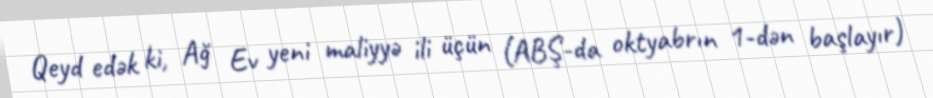
Qeyd edək ki, Ağ Ev yeni maliyyə ili üçün (ABŞ-da oktyabrın 1-dən başlayır)